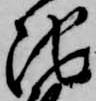
池